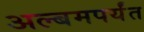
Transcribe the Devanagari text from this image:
अल्बमपर्यंत